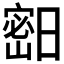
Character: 𱚓